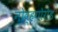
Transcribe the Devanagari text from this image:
नोव्हगोरोड